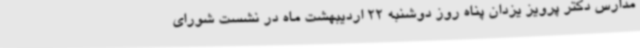
مدارس دکتر پرویز یزدان پناه روز دوشنبه 22 اردیبهشت ماه در نشست شورای